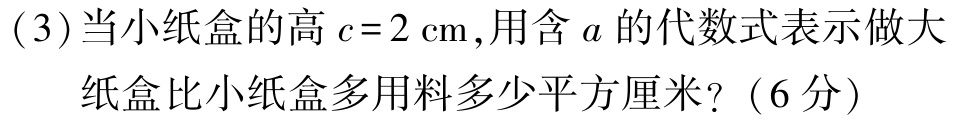
(3)当小纸盒的高\(c = 2\mathrm{cm}\),用含\(a\)的代数式表示做大纸盒比小纸盒多用料多少平方厘米?（6分）